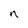
Character: n